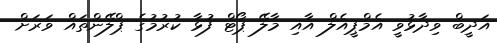
އަދީބް ވިދާޅުވީ އެމްޕީއެލް އާއި މާލޭ ޕޯޓް ފުޅާ ކުރުމުގެ ޕްލޭންތައް ވަރަށް